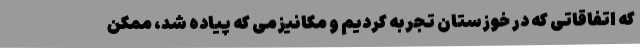
که اتفاقاتی که در خوزستان تجربه کردیم و مکانیزمی که پیاده شد، ممکن